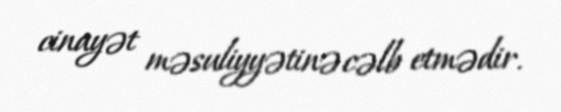
cinayət məsuliyyətinə cəlb etmədir.